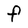
Character: f